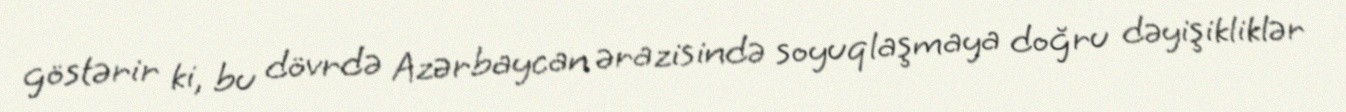
göstərir ki, bu dövrdə Azərbaycan ərazisində soyuqlaşmaya doğru dəyişikliklər